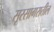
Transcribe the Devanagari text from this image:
सूरसागरातील